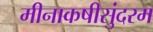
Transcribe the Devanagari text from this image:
मीनाकषीसुंदरम